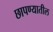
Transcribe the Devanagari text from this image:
छापण्यातील